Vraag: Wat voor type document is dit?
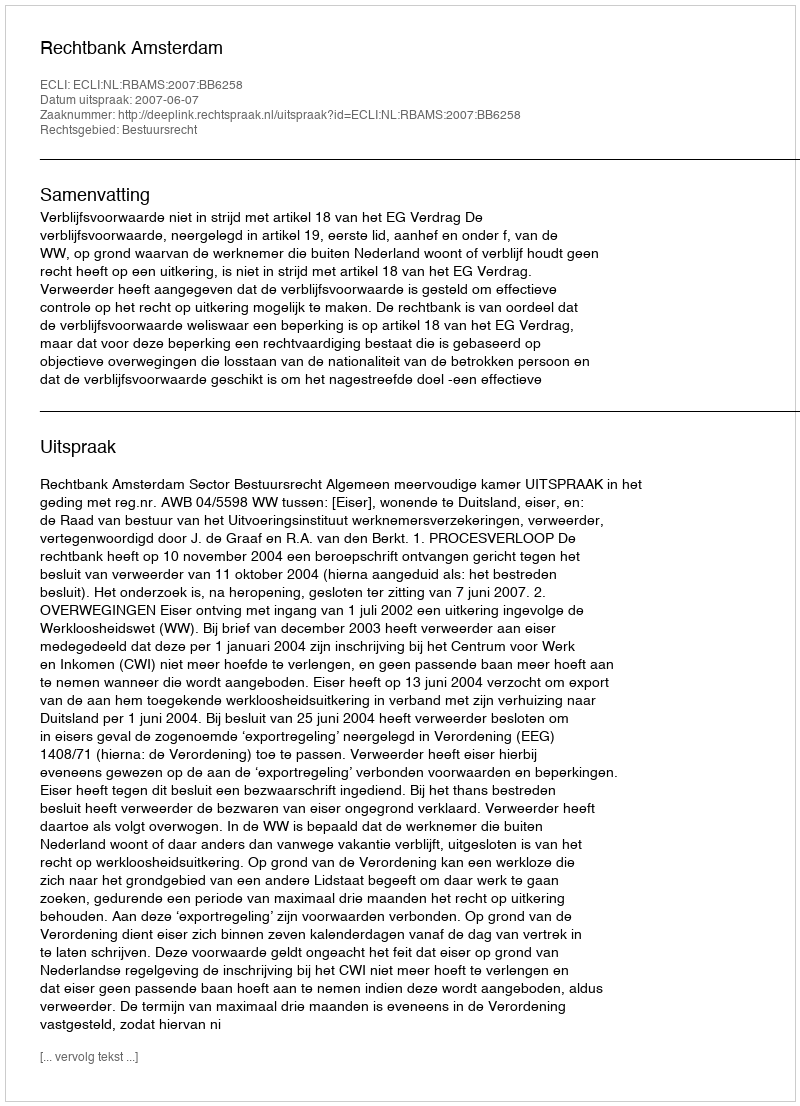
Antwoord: Uitspraak